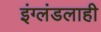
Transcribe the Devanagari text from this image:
इंग्लंडलाही